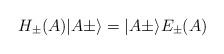
\begin{align*}H_\pm (A)\vert A\pm\rangle =\vert A\pm\rangle E_\pm (A)\end{align*}